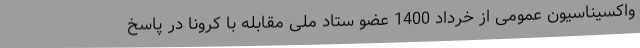
واکسیناسیون عمومی از خرداد 1400 عضو ستاد ملی مقابله با کرونا در پاسخ